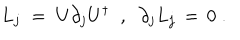
L _ { j } \; = \; U \partial _ { j } U ^ { \dagger } \; \; , \; \; \partial _ { j } L _ { j } \, = \, 0 \; .